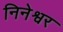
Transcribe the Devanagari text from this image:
निनेश्वर